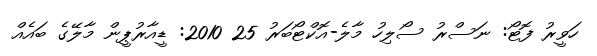
ހަވީރު ފޮޓޯ: ނަސްރު ސޯލިހު މާލެ-އޮކްޓޯބަރު 25 2010: ޑީއާރުޕީން މާލޭގެ ބައެއް